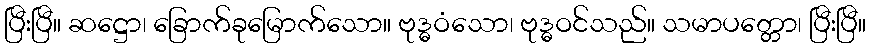
ပြီးပြီ။ ဆဋ္ဌော၊ ခြောက်ခုမြောက်သော။ ဗုဒ္ဓဝံသော၊ ဗုဒ္ဓဝင်သည်။ သမာပတ္တော၊ ပြီးပြီ။